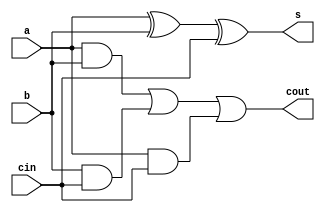
`timescale 1ns / 1ps
//////////////////////////////////////////////////////////////////////////////////
// Company: 
// Engineer: 
// 
// Design Name: 
// Module Name: fulladder
// Project Name: 
// Target Devices: 
// Tool Versions: 
// Description: 
// 
// Dependencies: 
// 
// Revision:
// Revision 0.01 - File Created
// Additional Comments:
// 
//////////////////////////////////////////////////////////////////////////////////


module fulladder(
input  a,
input  b,
input cin,
output  s,
output  cout
    );
    assign s = a^b^cin;
    assign cout = (a&b)|(b&cin)|(a&cin);
endmodule